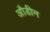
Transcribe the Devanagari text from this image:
औडीन